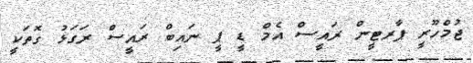
ޖުމްހޫރީ ޕާރޓީން ރައީސް އެމް ޑީ ޕީ ނައިބް ރައީސް ރަގަޅު ގޮތަކީ